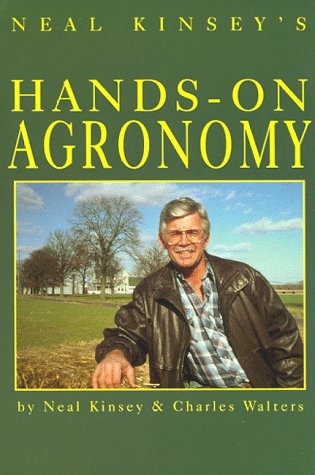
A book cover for Neal Kinsey's Hands-On Agronomy; Neal Kinsey; Crafts, Hobbies & Home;